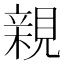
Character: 親